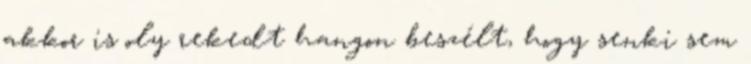
akkor is oly rekedt hangon beszélt, hogy senki sem